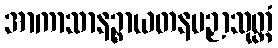
အာကာသာနဉ္စာယတနပဉှာသုတ္တံ